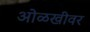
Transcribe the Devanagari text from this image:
ओळखीवर